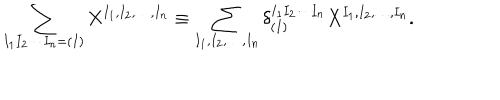
\sum _ { I _ { 1 } I _ { 2 } \cdots I _ { n } = ( I ) } X ^ { I _ { 1 } , I _ { 2 } , \ldots , I _ { n } } \equiv \sum _ { I _ { 1 } , I _ { 2 } , \ldots , I _ { n } } \delta _ { ( I ) } ^ { I _ { 1 } I _ { 2 } \cdots I _ { n } } X ^ { I _ { 1 } , I _ { 2 } , \ldots , I _ { n } } .